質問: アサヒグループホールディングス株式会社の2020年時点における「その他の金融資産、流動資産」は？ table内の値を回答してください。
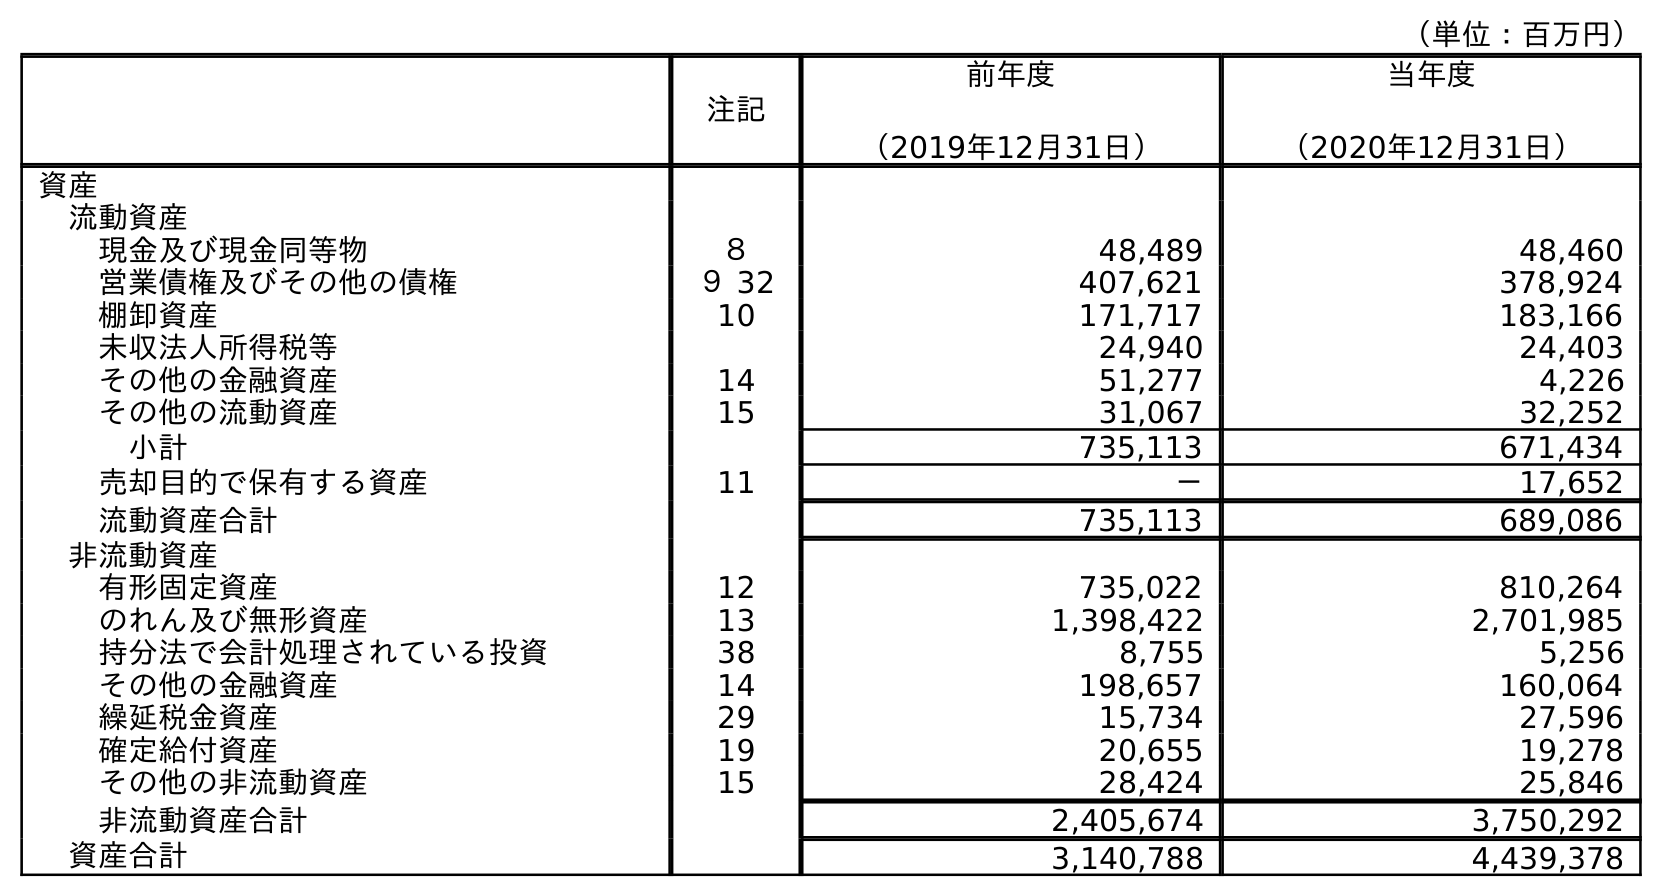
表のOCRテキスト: （単位：百万円） 注記 前年度 （2019年12月31日） 当年度 （2020年12月31日） 資産 流動資産 現金及び現金同等物 ８ 48,489 48,460 営業債権及びその他の債権 ９ 32 407,621 378,924 棚卸資産 10 171,717 183,166 未収法人所得税等 24,940 24,403 その他の金融資産 14 51,277 4,226 その他の流動資産 15 31,067 32,252 小計 735,113 671,434 売却目的で保有する資産 11 － 17,652 流動資産合計 735,113 689,086 非流動資産 有形固定資産 12 735,022 810,264 のれん及び無形資産 13 1,398,422 2,701,985 持分法で会計処理されている投資 38 8,755 5,256 その他の金融資産 14 198,657 160,064 繰延税金資産 29 15,734 27,596 確定給付資産 19 20,655 19,278 その他の非流動資産 15 28,424 25,846 非流動資産合計 2,405,674 3,750,292 資産合計 3,140,788 4,439,378
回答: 4,226